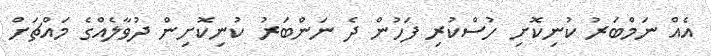
އެއް ނަމްބަރު ކުނިކޮށި ހުސްކުރި ފަހުން ދެ ނަންބަރު ކުނިކޮށިން ދުވާލެއްގެ މައްޗަށް